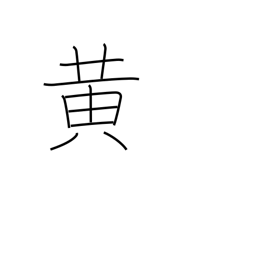
Meaning: yellow